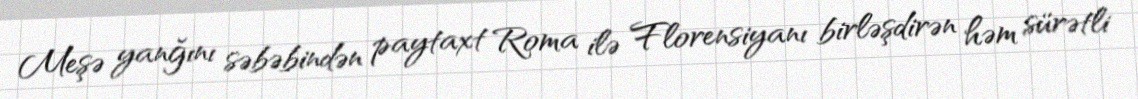
Meşə yanğını səbəbindən paytaxt Roma ilə Florensiyanı birləşdirən həm sürətli